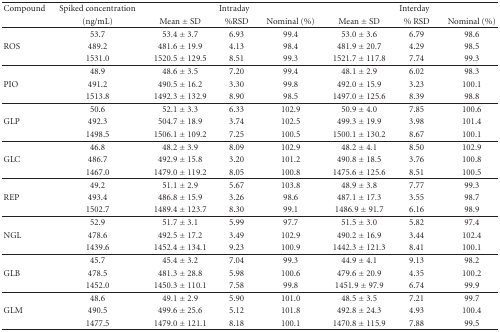
<table><thead><tr><td><b>Compound</b></td><td><b> spiked concen.</b></td><td colspan="3"><b>Intraday</b></td><td colspan="3"><b>Interday</b></td></tr><tr><td></td><td><b> (ng/mL)</b></td><td><b>Mean ± SD</b></td><td><b>%RSD</b></td><td><b>Nominal (%)</b></td><td><b>Mean ± SD</b></td><td><b>% RSD</b></td><td><b>Nominal (%)</b></td></tr></thead><tbody><tr><td></td><td>53.7</td><td>53.4 ± 3.7</td><td>6.93</td><td>99.4</td><td>53.0 ± 3.6</td><td>6.79</td><td>98.6</td></tr><tr><td>ROS</td><td>489.2</td><td>481.6 ± 19.9</td><td>4.13</td><td>98.4</td><td>481.9 ± 20.7</td><td>4.29</td><td>98.5</td></tr><tr><td></td><td>1531.0</td><td>1520.5 ± 129.5</td><td>8.51</td><td>99.3</td><td>1521.7 ± 117.8</td><td>7.74</td><td>99.3</td></tr><tr><td></td><td>48.9</td><td>48.6 ± 3.5</td><td>7.20</td><td>99.4</td><td>48.1 ± 2.9</td><td>6.02</td><td>98.3</td></tr><tr><td>PIO</td><td>491.2</td><td>490.5 ± 16.2</td><td>3.30</td><td>99.8</td><td>492.0 ± 15.9</td><td>3.23</td><td>100.1</td></tr><tr><td></td><td>1513.8</td><td>1492.3 ± 132.9</td><td>8.90</td><td>98.5</td><td>1497.0 ± 125.6</td><td>8.39</td><td>98.8</td></tr><tr><td></td><td>50.6</td><td>52.1 ± 3.3</td><td>6.33</td><td>102.9</td><td>50.9 ± 4.0</td><td>7.85</td><td>100.6</td></tr><tr><td>GLP</td><td>492.3</td><td>504.7 ± 18.9</td><td>3.74</td><td>102.5</td><td>499.3 ± 19.9</td><td>3.98</td><td>101.4</td></tr><tr><td></td><td>1498.5</td><td>1506.1 ± 109.2</td><td>7.25</td><td>100.5</td><td>1500.1 ± 130.2</td><td>8.67</td><td>100.1</td></tr><tr><td></td><td>46.8</td><td>48.2 ± 3.9</td><td>8.09</td><td>102.9</td><td>48.2 ± 4.1</td><td>8.50</td><td>102.9</td></tr><tr><td>GLC</td><td>486.7</td><td>492.9 ± 15.8</td><td>3.20</td><td>101.2</td><td>490.8 ± 18.5</td><td>3.76</td><td>100.8</td></tr><tr><td></td><td>1467.0</td><td>1479.0 ± 119.2</td><td>8.05</td><td>100.8</td><td>1475.6 ± 125.6</td><td>8.51</td><td>100.5</td></tr><tr><td></td><td>49.2</td><td>51.1 ± 2.9</td><td>5.67</td><td>103.8</td><td>48.9 ± 3.8</td><td>7.77</td><td>99.3</td></tr><tr><td>REP</td><td>493.4</td><td>486.8 ± 15.9</td><td>3.26</td><td>98.6</td><td>487.1 ± 17.3</td><td>3.55</td><td>98.7</td></tr><tr><td></td><td>1502.7</td><td>1489.4 ± 123.7</td><td>8.30</td><td>99.1</td><td>1486.9 ± 91.7</td><td>6.16</td><td>98.9</td></tr><tr><td></td><td>52.9</td><td>51.7 ± 3.1</td><td>5.99</td><td>97.7</td><td>51.5 ± 3.0</td><td>5.82</td><td>97.4</td></tr><tr><td>NGL</td><td>478.6</td><td>492.5 ± 17.2</td><td>3.49</td><td>102.9</td><td>490.2 ± 16.9</td><td>3.44</td><td>102.4</td></tr><tr><td></td><td>1439.6</td><td>1452.4 ± 134.1</td><td>9.23</td><td>100.9</td><td>1442.3 ± 121.3</td><td>8.41</td><td>100.1</td></tr><tr><td></td><td>45.7</td><td>45.4 ± 3.2</td><td>7.04</td><td>99.3</td><td>44.9 ± 4.1</td><td>9.13</td><td>98.2</td></tr><tr><td>GLB</td><td>478.5</td><td>481.3 ± 28.8</td><td>5.98</td><td>100.6</td><td>479.6 ± 20.9</td><td>4.35</td><td>100.2</td></tr><tr><td></td><td>1452.0</td><td>1450.3 ± 110.1</td><td>7.58</td><td>99.8</td><td>1451.9 ± 97.9</td><td>6.74</td><td>99.9</td></tr><tr><td></td><td>48.6</td><td>49.1 ± 2.9</td><td>5.90</td><td>101.0</td><td>48.5 ± 3.5</td><td>7.21</td><td>99.7</td></tr><tr><td>GLM</td><td>490.5</td><td>499.6 ± 25.6</td><td>5.12</td><td>101.8</td><td>492.8 ± 24.3</td><td>4.93</td><td>100.4</td></tr><tr><td></td><td>1477.5</td><td>1479.0 ± 121.1</td><td>8.18</td><td>100.1</td><td>1470.8 ± 115.9</td><td>7.88</td><td>99.5</td></tr></tbody></table>